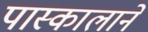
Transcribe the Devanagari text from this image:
पास्कालाने